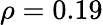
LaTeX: \rho=0.19